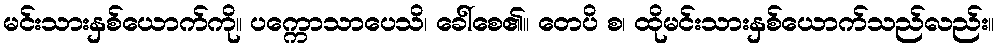
မင်းသားနှစ်ယောက်ကို။ ပက္ကောသာပေသိ၊ ခေါ်စေ၏။ တေပိ စ၊ ထိုမင်းသားနှစ်ယောက်သည်လည်း။